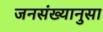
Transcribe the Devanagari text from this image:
जनसंख्यानुसा